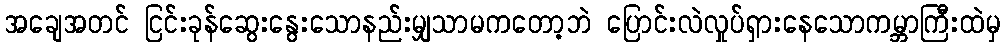
အချေအတင် ငြင်းခုန်ဆွေးနွေးသောနည်းမျှသာမကတော့ဘဲ ပြောင်းလဲလှုပ်ရှားနေသောကမ္ဘာကြီးထဲမှ